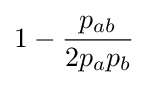
1-{\frac {p_{ab}}{2p_{a}p_{b}}}